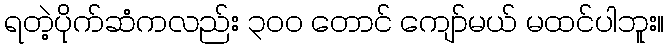
ရတဲ့ပိုက်ဆံကလည်း ၃၀၀ တောင် ကျော်မယ် မထင်ပါဘူး။